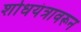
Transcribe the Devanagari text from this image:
शोधयंत्रावरून